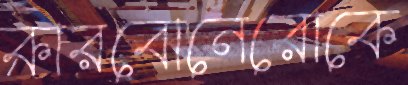
কারবোনেরোকে